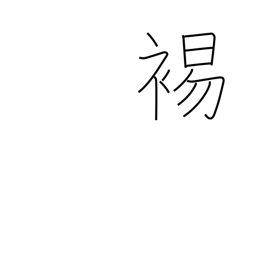
Meaning: to bare the shoulder